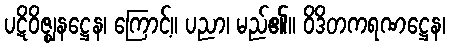
ပဋိဝိဇ္ဈနဋ္ဌေန၊ ကြောင့်။ ပညာ၊ မည်၏။ ဝိဒိတကရဏဋ္ဌေန၊